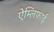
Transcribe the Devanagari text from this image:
ऐम्लिफाई